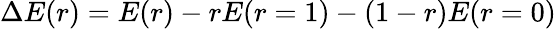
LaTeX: \Delta E(r)=E(r)-rE(r=1)-(1-r)E(r=0)